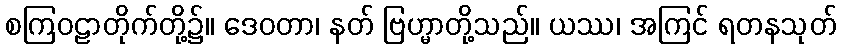
စကြဝဠာတိုက်တို့၌။ ဒေဝတာ၊ နတ် ဗြဟ္မာတို့သည်။ ယဿ၊ အကြင် ရတနသုတ်